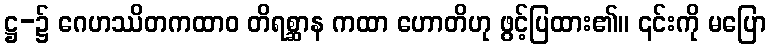
ဋ္ဌ-၌ ဂေဟဿိတကထာဝ တိရစ္ဆာန ကထာ ဟောတိဟု ဖွင့်ပြထား၏။ ၎င်းကို မပြော